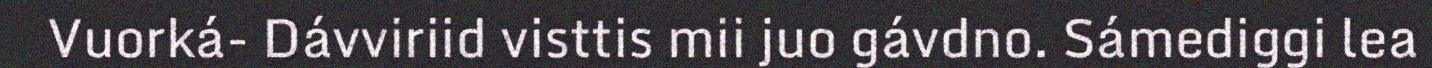
Vuorká- Dávviriid visttis mii juo gávdno. Sámediggi lea